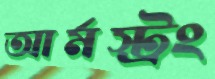
আর্মস্ট্রং